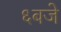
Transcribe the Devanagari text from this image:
६बजे